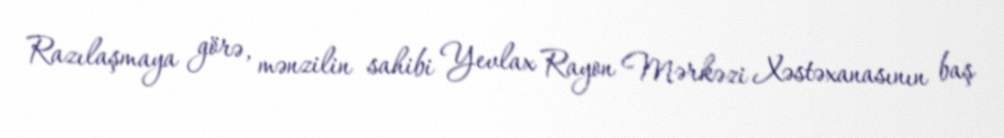
Razılaşmaya görə, mənzilin sahibi Yevlax Rayon Mərkəzi Xəstəxanasının baş